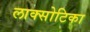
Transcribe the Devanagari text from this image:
लाक्सोटिका